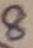
Text: 8